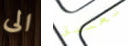
الى تعليق